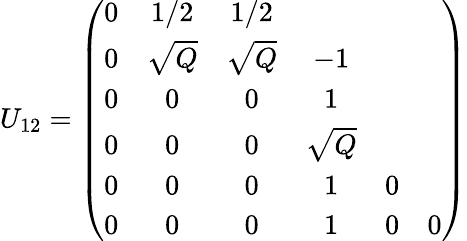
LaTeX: U_{12}=\left(\begin{array}{ccccccc}{{0}}&{{1/2}}&{{1/2}}\\ {{0}}&{{\sqrt{Q}}}&{{\sqrt{Q}}}&{{-1}}\\ {{0}}&{{0}}&{{0}}&{{1}}\\ {{0}}&{{0}}&{{0}}&{{\sqrt{Q}}}&{{}}\\ {{0}}&{{0}}&{{0}}&{{1}}&{{0}}\\ {{0}}&{{0}}&{{0}}&{{1}}&{{0}}&{{0}}\end{array}\right)